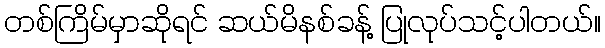
တစ်ကြိမ်မှာဆိုရင် ဆယ်မိနစ်ခန့် ပြုလုပ်သင့်ပါတယ်။